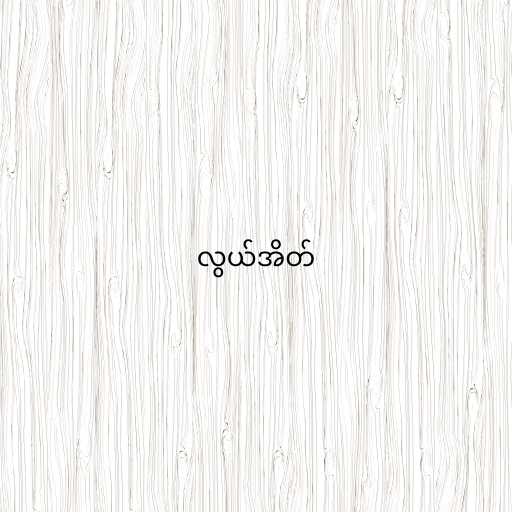
လွယ်အိတ်